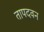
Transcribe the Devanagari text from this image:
तापदवन